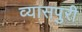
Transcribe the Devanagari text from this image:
व्यासपुरी